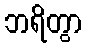
ဘရိတွာ